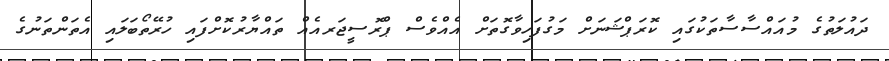
ދައުލަތުގެ މުއައްސާސާތަކުގައި ކޮރަޕްޝަނަށް މަގުފަހިވާގޮތަށް އެއްވެސް ޕްރޮސީޖަރއެއް ތައްޔާރުކޮށްފައި ހުރޭތޯބަލައި އެތަންތަނުގެ